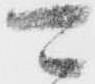
可